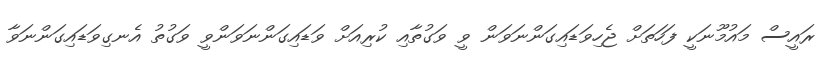
ރައީސް މައުމޫނަކީ ފަހަތަށް ޖެހިވަޑައިގަންނަވަން ވީ ވަގުތާއި ކުރިއަށް ވަޑައިގަންނަވަންވީ ވަގުތު އެނގިވަޑައިގަންނަވާ